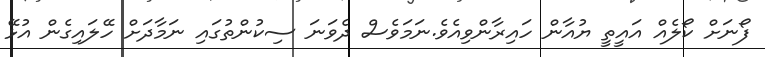
ފޯނަށް ކޯލެއް އައީތީ ޔުއާން ހައިރާންވިއެވެ.ނަމަވެސް ދެވަނަ ސިކުންތުގައި ނަމާދަށް ހޭލައިގެން އުޅޭ